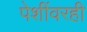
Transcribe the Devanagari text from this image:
पेशींवरही